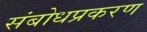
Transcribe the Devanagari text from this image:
संबोधप्रकरण